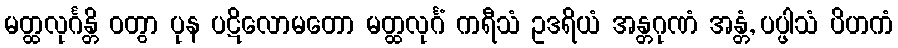
မတ္ထလုင်္ဂန္တိ ဝတွာ ပုန ပဋိလောမတော မတ္ထလုင်္ဂံ ကရီသံ ဥဒရိယံ အန္တဂုဏံ အန္တံ, ပပ္ဖါသံ ပိဟကံ